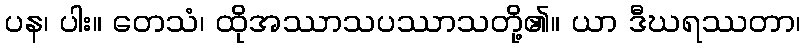
ပန၊ ပါး။ တေသံ၊ ထိုအဿာသပဿာသတို့၏။ ယာ ဒီဃရဿတာ၊